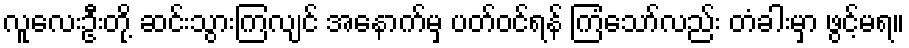
လူလေးဦးတို့ ဆင်းသွားကြလျင် အနောက်မှ ပတ်ဝင်ရန် ကြံသော်လည်း တံခါးမှာ ဖွင့်မရ။